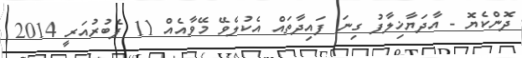
ދޮންކެޔޮ - އާދަޔާޚިލާފު ގިނަ ފައިދާތައް އެކުލެވޭ މޭވާއެއް 11 ފެބުރުއަރީ 2014